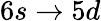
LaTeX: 6s\rightarrow 5d